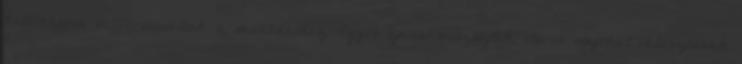
kellőképpen differenciáltak a működéshez. Egyes epidermiszsejtek éteres olajokat választanak